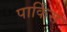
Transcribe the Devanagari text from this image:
पार्किंस